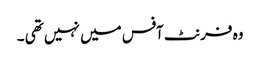
وہ فرنٹ آفس میں نہیں تھی ۔